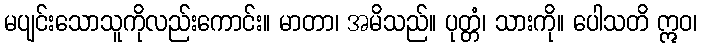
မပျင်းသောသူကိုလည်းကောင်း။ မာတာ၊ အမိသည်။ ပုတ္တံ၊ သားကို။ ပေါသတိ ဣဝ၊